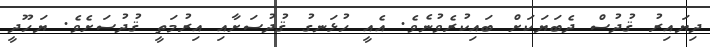
ދިޔައިރު ޤުދުސް ދެބަޔަކަށް ބައިކުރެވުނެވެ. އެއީ ހުޅަނގު ޤުދުސަށާއި އިރުމަތީ ޤުދުސަށެވެ. ޔަހޫދީ